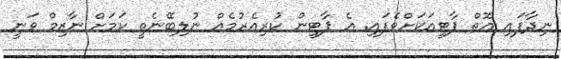
ނިދާފައި އޮތް ޕާޓީއަކަށްވެފައި